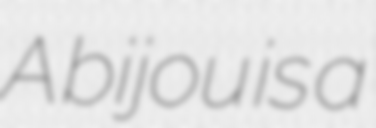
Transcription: A bijou is a